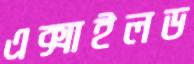
এক্সাইলড